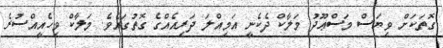
ގޮތަކަށް ވިޔަސް މަސްޢޫދު މަލާކް ދެކެނީ އަމިއްލަ ދަރިއެއްގެ ގޮތުގައެވެ. މަލާކް ވިހެއީއްސުރެ